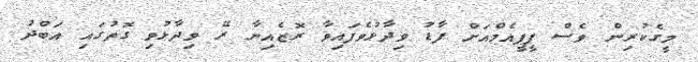
މީގެކުރިން ވެސް ޕީޕީއެމްއަށް ފާޑު ވިދާޅުވެފައިވާ ރޮޒެއިނާ ރޭ ވިދާޅުވި ގޮތުގައި އަބްދު